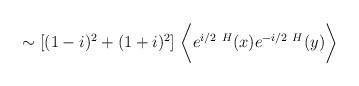
LaTeX: \begin{align*}\sim[(1-i)^2+(1+i)^2]\ \biggl\langle e^{i/2\ H}(x) e^{-i/2\ H}(y)\biggl\rangle\end{align*}